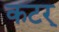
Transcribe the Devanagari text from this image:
कटर्‌